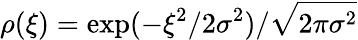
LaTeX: \rho(\xi)=\exp(-\xi^{2}/2\sigma^{2})/\sqrt{2\pi\sigma^{2}}